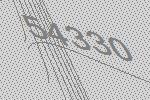
54330